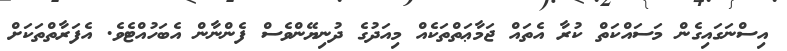
އިސްނަގައިގެން މަސައްކަތް ކުރާ އެތައް ޖަމާޢަތްތަކެއް މިއަދުގެ ދުނިޔޭންވެސް ފެންނާން އެބަހުއްޓެވެ. އެފަރާތްތަކަށް